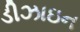
ડીઝાઇન